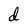
Character: d